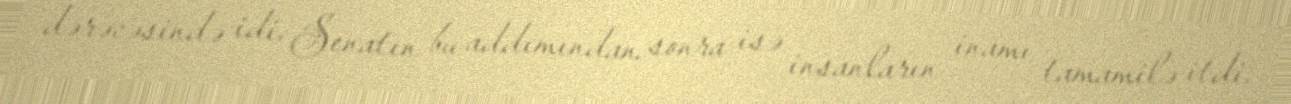
dərəcəsində idi. Senatın bu addımından sonra isə insanların inamı tamamilə itdi.